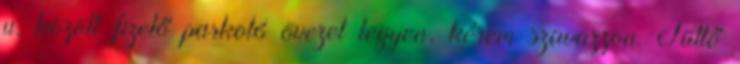
u. között fizető parkoló övezet legyen, kérem szavazzon. Tüttő